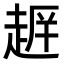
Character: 𮚺